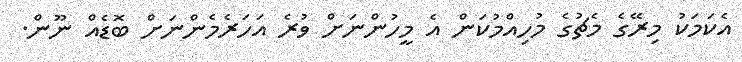
އެކަމަކު މިރޭގެ މެޗުގެ މުހިއްމުކަން އެ މީހުންނަށް ވުރެ އަހަރެމެންނަށް ބޮޑެއް ނޫން.